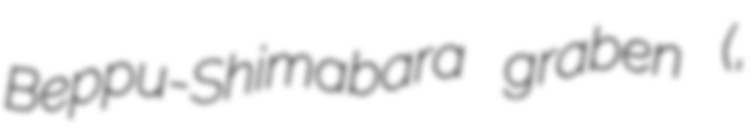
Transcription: Beppu-Shimabara graben (別府‐島原地溝帯,